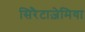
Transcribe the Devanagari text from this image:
सिरैटाज़ेमिया